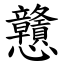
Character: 戇